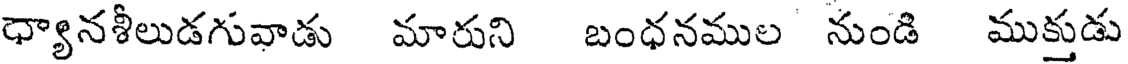
ధ్యానశీలుడగువాడు మారుని బంధనముల నుండి ముక్తుడు